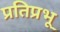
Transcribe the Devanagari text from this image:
प्रतिप्रभू